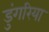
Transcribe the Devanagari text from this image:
डुंगरिया